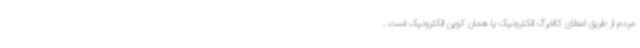
مردم از طریق اعطای کالابرگ الکترونیک یا همان کوپن الکترونیک است .